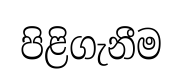
පිළිගැනීම